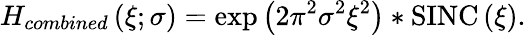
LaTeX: H_{combined}\left(\xi;\sigma\right)=\exp\left({2\pi^{2}\sigma^{2}\xi^{2}}\right)*\textup{SINC}\left(\xi\right).